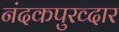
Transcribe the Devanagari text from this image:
नंदकपुरव्दार